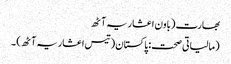
بھارت (باون اعشاریہ آٹھ
(مالیاتی صحت: پاکستان (تیس اعشاریہ آٹھ) ۔